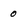
Character: 0